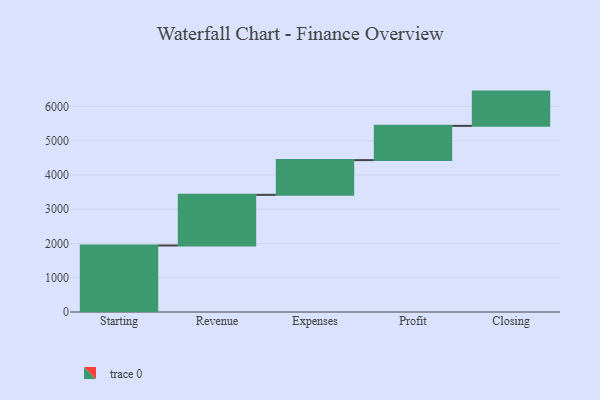
{"axis": {"x": "Step", "y": "Value"}, "legend": [""], "data": [{"x": "Starting", "y": 1942.0, "type": ""}, {"x": "Revenue", "y": 1478.0, "type": ""}, {"x": "Expenses", "y": 1014.0, "type": ""}, {"x": "Profit", "y": 1000, "type": ""}, {"x": "Closing", "y": 1000, "type": ""}]}